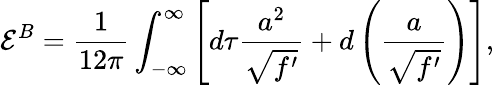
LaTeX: {\cal E}^{B}=\frac 1{12\pi}\int_{-\infty}^{\infty}\left[d\tau\frac{a^{2}}{\sqrt{f^{\prime}}}+d\left(\frac a{\sqrt{f^{\prime}}}\right)\right],